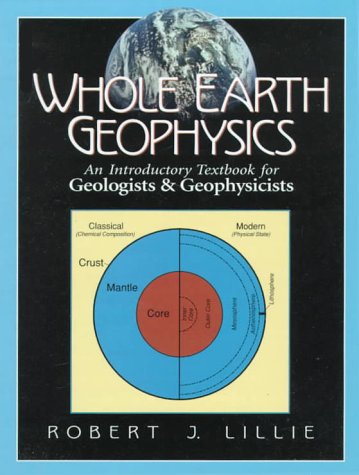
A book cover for Whole Earth Geophysics: An Introductory Textbook for Geologists and Geophysicists; Robert J. Lillie; Science & Math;